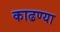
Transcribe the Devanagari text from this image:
काढण्या